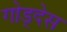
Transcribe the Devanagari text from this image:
गोड्देस